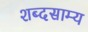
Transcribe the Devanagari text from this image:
शब्दसाम्य